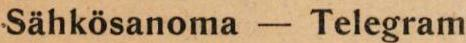
Sähkösanoma - Telegram